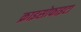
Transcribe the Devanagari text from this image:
क्राइसोफाइटा